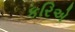
કરિએ